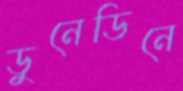
ডুনেডিনে